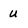
Character: u